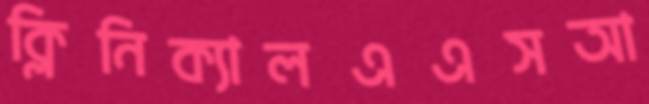
ক্লিনিক্যালএএসআ